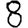
Digit: 8